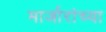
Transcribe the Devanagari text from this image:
मार्जारांच्या